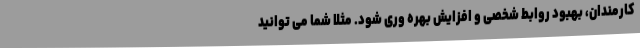
کارمندان، بهبود روابط شخصی و افزایش بهره وری شود. مثلا شما می توانید